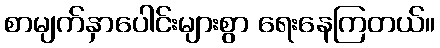
စာမျက်နှာပေါင်းများစွာ ရေးနေကြတယ်။